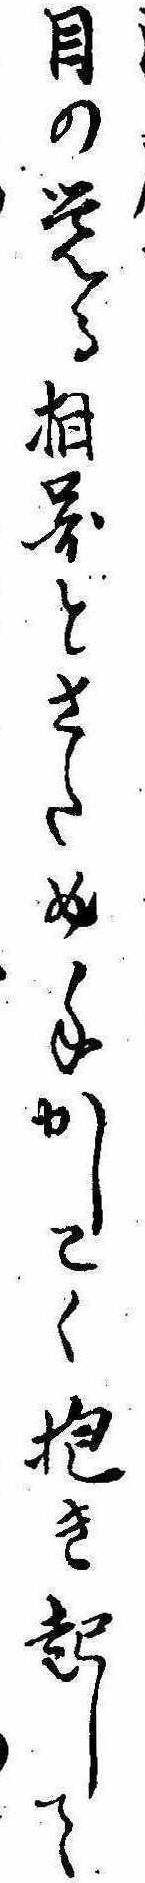
目の覚る相図とさため手かしこく抱き起して